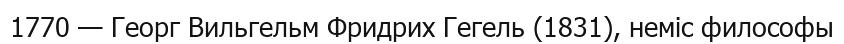
1770 — Георг Вильгельм Фридрих Гегель (1831), неміс философы